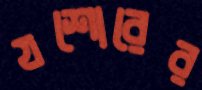
যশোরের